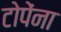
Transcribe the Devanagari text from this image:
टोपेंना